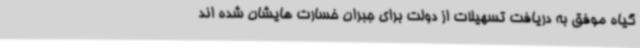
گیاه موفق به دریافت تسهیلات از دولت برای جبران خسارت هایشان شده اند